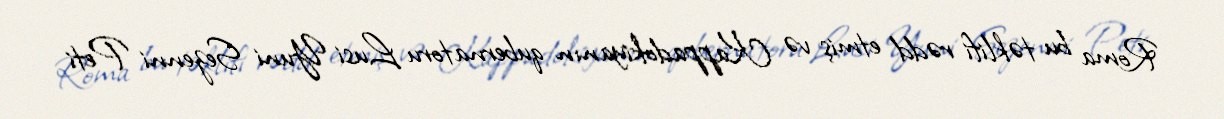
Roma bu təklifi rədd etmiş və Kappadokiyanın qubernatoru Lusi Yuni Sezenni Peti